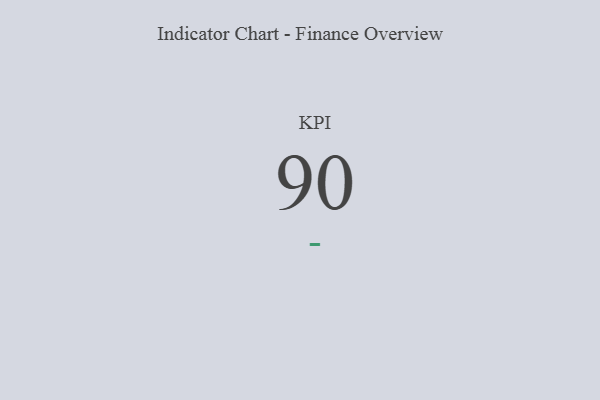
{"axis": {"x": "KPI", "y": "Value"}, "legend": [""], "data": [{"x": "KPI", "y": 90, "type": ""}]}